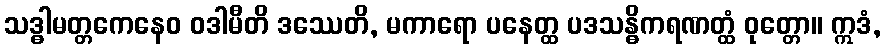
သဒ္ဓါမတ္တကေနေဝ ဝဒါမီတိ ဒဿေတိ, မကာရော ပနေတ္ထ ပဒသန္ဓိကရဏတ္ထံ ဝုတ္တော။ ဣဒံ,